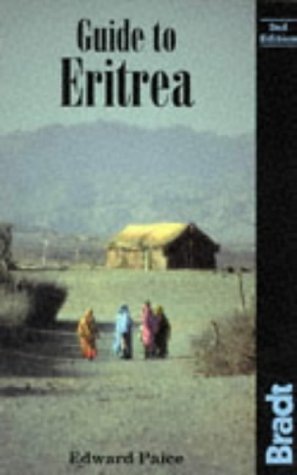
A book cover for Guide to Eritrea (Bradt Travel Guide Eritrea); Edward Paice; Travel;